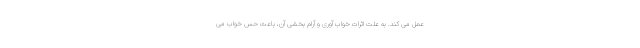
عمل می کند. به علت اثرات خواب آوری و آرام بخشی آن، باعث حس خواب می